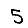
Digit: 5